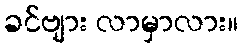
ခင်ဗျား လာမှာလား။